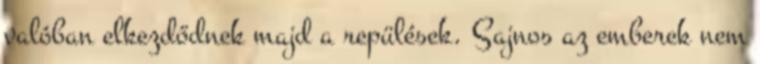
valóban elkezdődnek majd a repülések. Sajnos az emberek nem